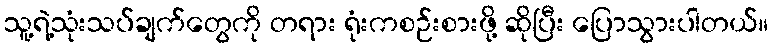
သူ့ရဲ့သုံးသပ်ချက်တွေကို တရား ရုံးကစဉ်းစားဖို့ ဆိုပြီး ပြောသွားပါတယ်။